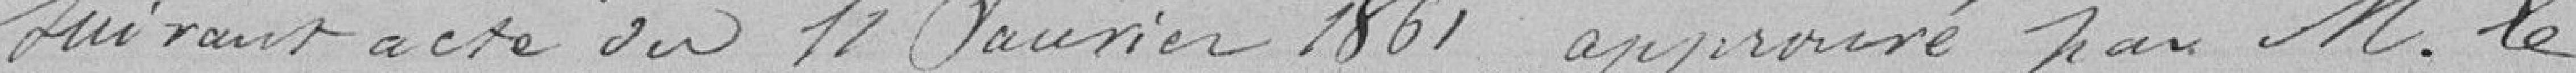
suivant acte du 11 Janvier 1861, approuvé par M. le